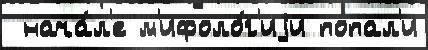
 нача́л'е м'ифоло́г'иjи попал'и